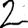
Digit: 2